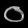
Digit: ၀